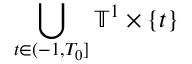
\bigcup _ { t \in ( - 1 , T _ { 0 } ] } \ensuremath { \mathbb { T } } ^ { 1 } \times \{ t \}